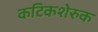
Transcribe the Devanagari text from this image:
कटिकशेरुक